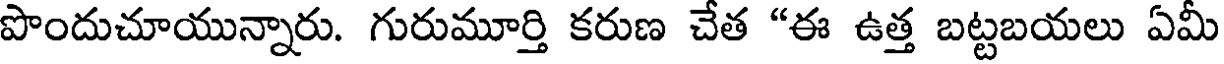
పొందుచూయున్నారు. గురుమూర్తి కరుణ చేత "ఈ ఉత్త బట్టబయలు ఏమీ